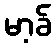
မာ့ခ်